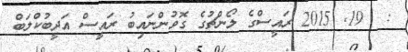
:  19